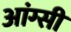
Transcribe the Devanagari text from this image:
आंग्सी